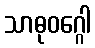
သာဓုဝဂ္ဂေါ